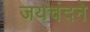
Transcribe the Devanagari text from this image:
जयचंदने